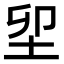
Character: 𡊎